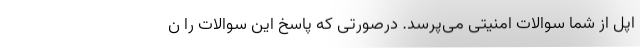
اپل از شما سوالات امنیتی می‌پرسد. درصورتی که پاسخ این سوالات را ن